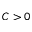
C > 0